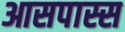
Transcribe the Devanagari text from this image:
आसपास्स